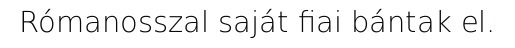
Rómanosszal saját fiai bántak el.